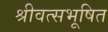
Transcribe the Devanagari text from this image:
श्रीवत्सभूषित